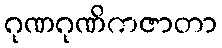
ဂုဏဂုဏိကဇာတာ